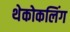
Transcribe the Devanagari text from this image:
थेकोकलिंग